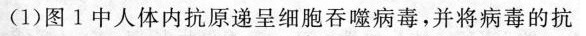
(1)图1中人体内抗原递呈细胞吞噬病毒，并将病毒的抗